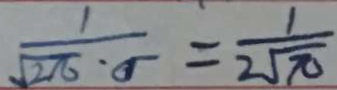
\frac { 1 } { \sqrt { 2 \pi } \cdot 5 } = \frac { 1 } { 2 \sqrt { \pi } }